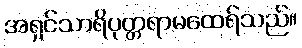
အရှင်သာရိပုတ္တရာမထေရ်သည်။